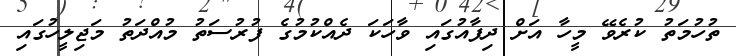
ތުހުމަތު ކުރެވޭ މީހާ އަށް ދިފާއުގައި ވާހަކަ ދެއްކުމުގެ ފުރުސަތު މުއްދަތު މަޖިލީހުގައި